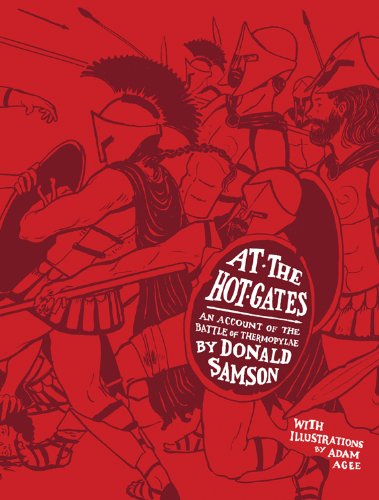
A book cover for At the Hot Gates: An Account of the Battle of Thermopylae; Donald Samson; Teen & Young Adult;